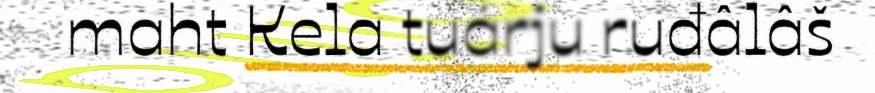
maht Kela tuárju ruđâlâš